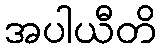
အပါယီတိ